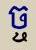
ច្ច